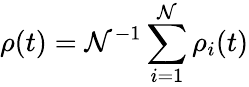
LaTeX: \rho(t)=\mathcal{N}^{-1}\sum_{i=1}^{\mathcal{N}}\rho_{i}(t)